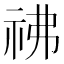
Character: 𥘬